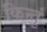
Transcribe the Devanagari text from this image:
किन्तुं